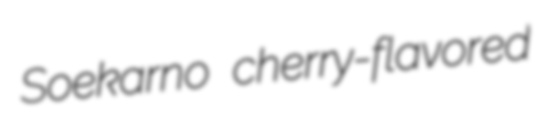
Soekarno cherry-flavored